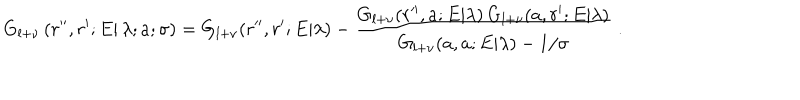
G _ { l + \nu } \left( \left. r ^ { \prime \prime } , r ^ { \prime } ; E \right| \lambda ; a ; \sigma \right) = G _ { l + \nu } ( r ^ { \prime \prime } , r ^ { \prime } ; E | \lambda ) - \frac { G _ { l + \nu } ( r ^ { \prime \prime } , a ; E | \lambda ) \, G _ { l + \nu } ( a , r ^ { \prime } ; E | \lambda ) } { G _ { l + \nu } ( a , a ; E | \lambda ) - 1 / \sigma } \; .